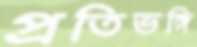
প্রতিভঙ্গি